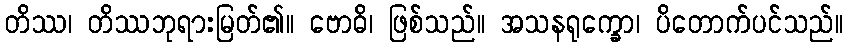
တိဿ၊ တိဿဘုရားမြတ်၏။ ဗောဓိ၊ ဖြစ်သည်။ အသနရုက္ခော၊ ပိတောက်ပင်သည်။